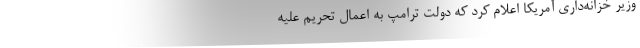
وزیر خزانه‌داری آمریکا اعلام کرد که دولت ترامپ به اعمال تحریم علیه